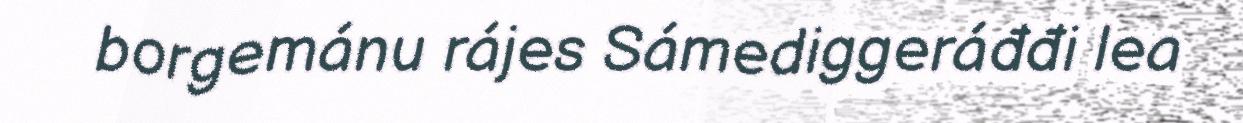
borgemánu rájes Sámediggeráđđi lea